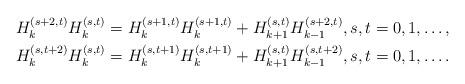
LaTeX: \begin{align*}&H_k^{(s+2,t)}H_k^{(s,t)}=H_{k}^{(s+1,t)}H_{k}^{(s+1,t)}+H_{k+1}^{(s,t)}H_{k-1}^{(s+2,t)},s,t=0,1,\dots,\\&H_{k}^{(s,t+2)}H_{k}^{(s,t)}=H_{k}^{(s,t+1)}H_{k}^{(s,t+1)}+H_{k+1}^{(s,t)}H_{k-1}^{(s,t+2)},s,t=0,1,\dots.\end{align*}